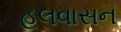
હલવાસન